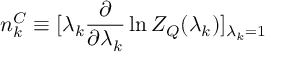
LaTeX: n _ { k } ^ { C } \equiv [ \lambda _ { k } { \frac { \partial } { \partial \lambda _ { k } } } \ln Z _ { Q } ( \lambda _ { k } ) ] _ { \lambda _ { k } = 1 }